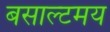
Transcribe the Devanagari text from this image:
बसाल्टमय